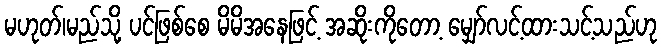
မဟုတ်၊မည်သို့ ပင်ဖြစ်စေ မိမိအနေဖြင့် အဆိုးကိုတော့ မျှော်လင့်ထားသင့်သည်ဟု